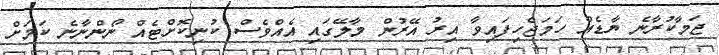
ޖަމާކުރާނެ ޔާޑެއް ހަމަޖެހިފައިވާ އިރު އޭރުން މާލޭގައި އެއްވެސް ކުނިކޮށްޓެއްް ނޯންނާނެ ކަމަށް